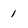
Character: 1